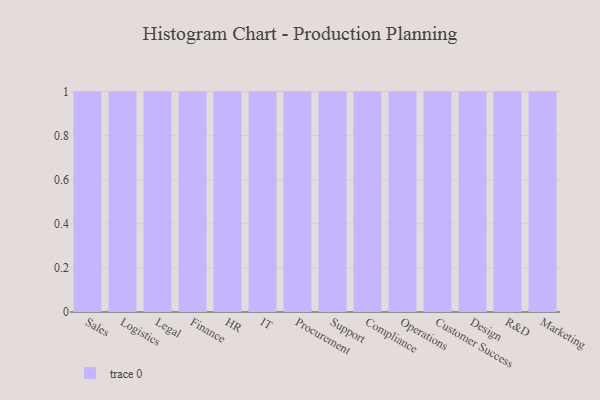
{"axis": {"x": "Department", "y": "Churn Rate (%)"}, "legend": [""], "data": [{"x": "Sales", "y": 9, "type": ""}, {"x": "Logistics", "y": 6, "type": ""}, {"x": "Legal", "y": 60, "type": ""}, {"x": "Finance", "y": 51, "type": ""}, {"x": "HR", "y": 54, "type": ""}, {"x": "IT", "y": 83, "type": ""}, {"x": "Procurement", "y": 96, "type": ""}, {"x": "Support", "y": 100, "type": ""}, {"x": "Compliance", "y": 46, "type": ""}, {"x": "Operations", "y": 7, "type": ""}, {"x": "Customer Success", "y": 11, "type": ""}, {"x": "Design", "y": 71, "type": ""}, {"x": "R&D", "y": 9, "type": ""}, {"x": "Marketing", "y": 99, "type": ""}]}